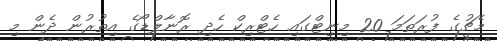
މެޗުގެ ފުރަތަމަ 20 މިނިޓްގައި ހެޓްރިކް ހެދި ރޮނާލްޑޯގެ އިތުރުން ދެން މި